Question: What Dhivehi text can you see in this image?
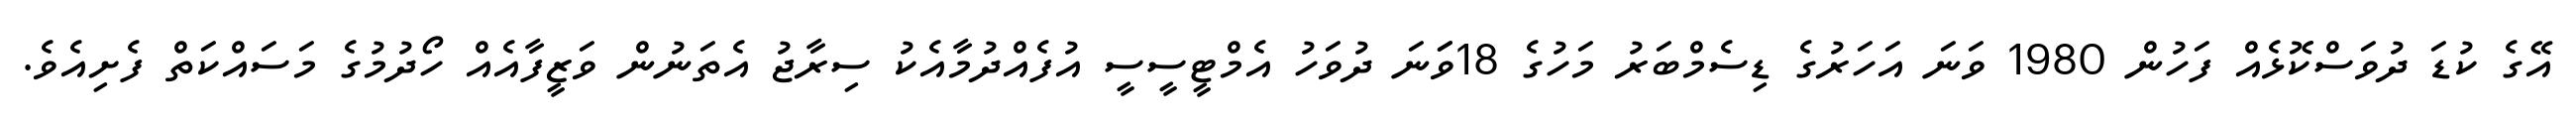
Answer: އޭގެ ކުޑަ ދުވަސްކޮޅެއް ފަހުން 1980 ވަނަ އަހަރުގެ ޑިސެމްބަރު މަހުގެ 18ވަަނަ ދުވަހު އެމްޓީސީސީ އުފެއްދުމާއެކު ސިރާޖު އެތަނުން ވަޒީފާއެއް ހޯދުމުގެ މަސައްކަތް ފެށިއެވެ.